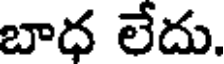
బాధ లేదు.